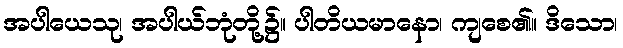
အပါယေသု၊ အပါယ်ဘုံတို့၌။ ပါတိယမာနော၊ ကျစေ၏။ ဒိသော၊